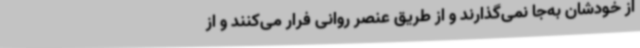
از خودشان به‌جا نمی‌گذارند و از طریق عنصر روانی فرار می‌کنند و از